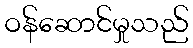
ဝန်ဆောင်မှုသည်